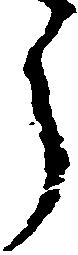
う